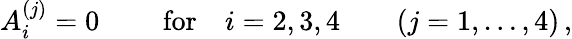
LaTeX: A_{i}^{(j)}=0\qquad\mathrm{~for}\quad i=2,3,4\qquad(j=1,\dots,4)\, ,